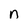
Character: n